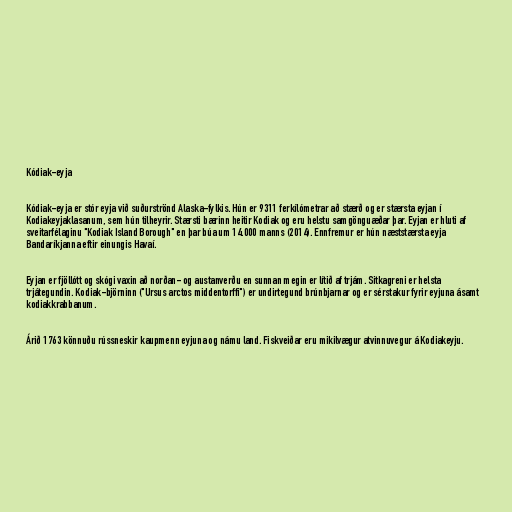
Kódiak-eyja

Kódiak-eyja er stór eyja við suðurströnd Alaska-fylkis. Hún er 9311 ferkílómetrar að stærð og er stærsta eyjan í
Kodiakeyjaklasanum, sem hún tilheyrir. Stærsti bærinn heitir Kodiak og eru helstu samgönguæðar þar. Eyjan er hluti af
sveitarfélaginu "Kodiak Island Borough" en þar búa um 14.000 manns (2014). Ennfremur er hún næststærsta eyja
Bandaríkjanna eftir einungis Havaí.

Eyjan er fjöllótt og skógi vaxin að norðan- og austanverðu en sunnan megin er lítið af trjám. Sitkagreni er helsta
trjátegundin. Kodiak-björninn ("Ursus arctos middentorffi") er undirtegund brúnbjarnar og er sérstakur fyrir eyjuna ásamt
kodiakkrabbanum.

Árið 1763 könnuðu rússneskir kaupmenn eyjuna og námu land. Fiskveiðar eru mikilvægur atvinnuvegur á Kodiakeyju.